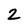
Character: 2